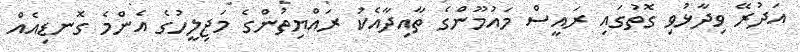
އަދުރޭ ވިދާޅުވި ގޮތުގައި ރައީސް މައުމޫންގެ ތާއިދާއެކު ރައްޔިތުންގެ މަޖިލީހުގެ އެންމެ ގޮނޑިއެއް